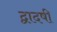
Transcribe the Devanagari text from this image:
द्वादषी